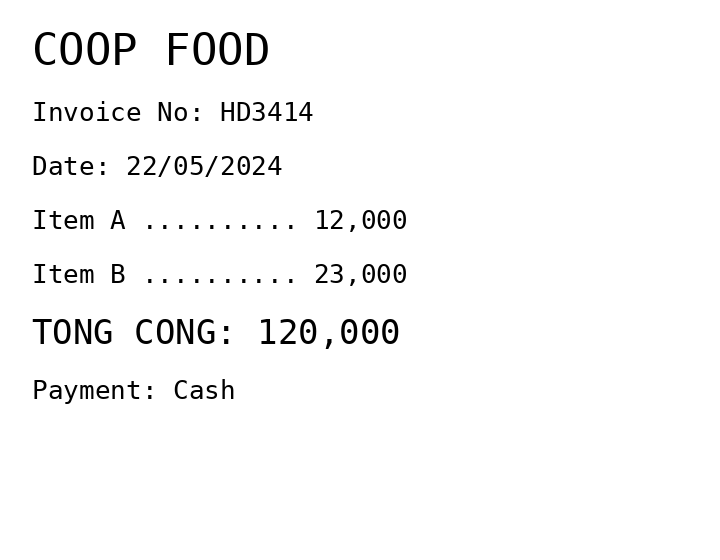
COOP FOOD
Invoice No: HD3414
Date: 22/05/2024
Item A .......... 12,000
Item B .......... 23,000
TONG CONG: 120,000
Payment: Cash
Merchant: coop food
Date: 2024-05-22
Total: 120000
Invoice No: HD3414
Payment method: CASH